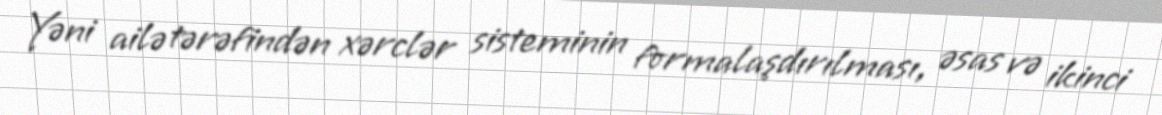
Yəni ailə tərəfindən xərclər sisteminin formalaşdırılması, əsas və ikinci